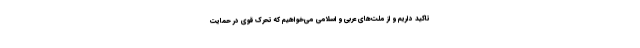
تاکید داریم و از ملت‌های عربی و اسلامی می‌خواهیم که تحرک قوی در حمایت